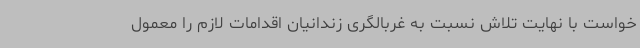
خواست با نهایت تلاش نسبت به غربالگری زندانیان اقدامات لازم را معمول